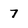
Character: 7